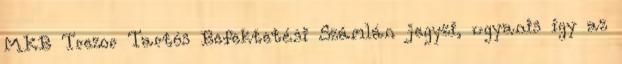
MKB Trezor Tartós Befektetési Számlán jegyzi, ugyanis így az